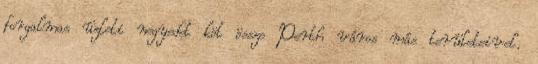
forgalmas üzleti negyedet köt össze Perth város más területeivel.